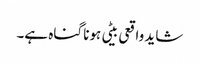
شاید واقعی بیٹی ہونا گناہ ہے۔